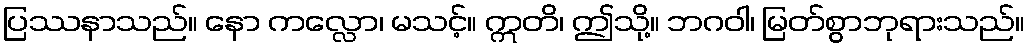
ပြဿနာသည်။ နော ကလ္လော၊ မသင့်။ ဣတိ၊ ဤသို့။ ဘဂဝါ၊ မြတ်စွာဘုရားသည်။